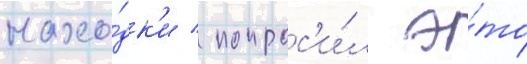
нахо́дк'и / попрос'и́л э́то